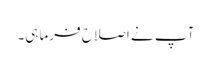
آپ نے اصلاح فرماہی۔